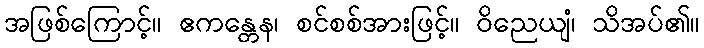
အဖြစ်ကြောင့်။ ဧကန္တေန၊ စင်စစ်အားဖြင့်။ ဝိညေယျံ၊ သိအပ်၏။